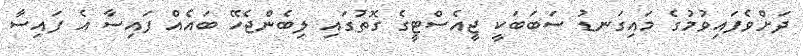
ދަށްވެފައިވުމުގެ މައިގަނޑު ސަބަބަކީ ޖީއެސްޓީގެ ގޮތުގައި ލިބެންޖެހޭ ބައެއް ފައިސާ އެ ފައިސާ